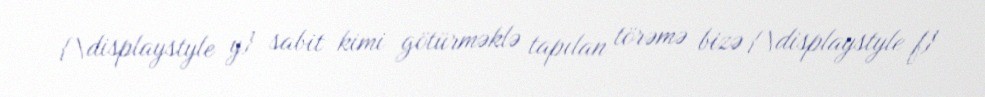
{\displaystyle y} sabit kimi götürməklə tapılan törəmə bizə {\displaystyle f}